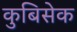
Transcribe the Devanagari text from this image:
कुबिसेक